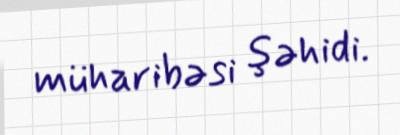
müharibəsi şəhidi.